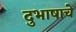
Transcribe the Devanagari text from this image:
दुभाषाचे